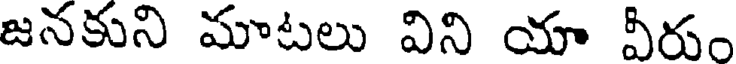
జనకుని మాటలు విని యా వీరుం